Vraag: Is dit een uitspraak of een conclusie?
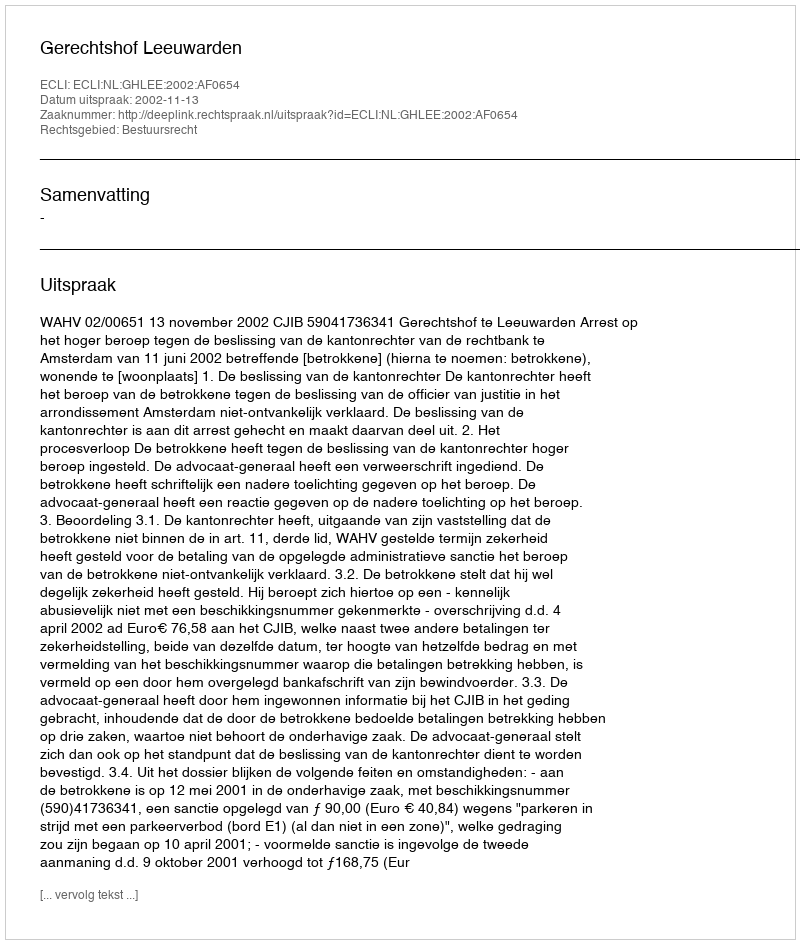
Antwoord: Uitspraak